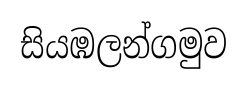
සියඹලන්ගමුව